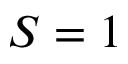
S = 1